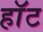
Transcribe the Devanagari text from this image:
हाॅट